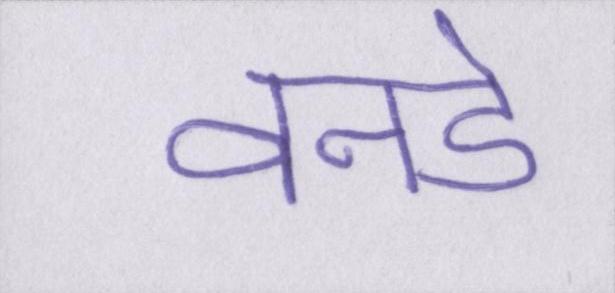
वनडे